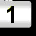
Digit: 1